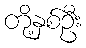
တို့နှစ်ဦး